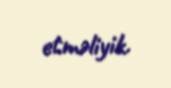
etməliyik.